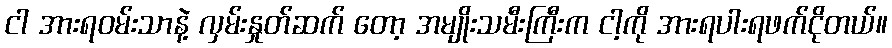
ငါ အားရဝမ်းသာနဲ့ လှမ်းနှုတ်ဆက် တော့ အမျိုးသမီးကြီးက ငါ့ကို အားရပါးရဖက်ငိုတယ်။